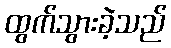
ထွက်သွားခဲ့သည်